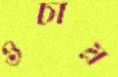
ওচায়